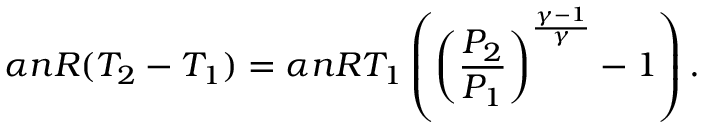
\alpha n R ( T _ { 2 } - T _ { 1 } ) = \alpha n R T _ { 1 } \left( \left( { \frac { P _ { 2 } } { P _ { 1 } } } \right) ^ { \frac { \gamma - 1 } { \gamma } } - 1 \right) .